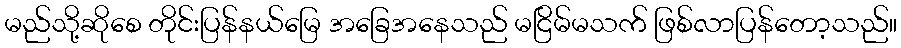
မည်သို့ဆိုစေ တိုင်းပြန်နယ်မြေ အခြေအနေသည် မငြိမ်မသက် ဖြစ်လာပြန်တော့သည်။